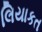
લિયાકત